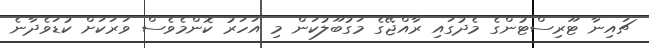
ޗައިނާ ޓޫރިސްޓުންގެ މެދުގައި ރާއްޖޭގެ މަގުބޫލުކަން މި އަހަރު ކޮންމެވެސް ވަރަކަށް ކުޑަވެދާނެ